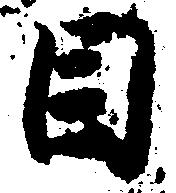
目